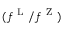
( f ^ { \mathrm { ~ L ~ } } / f ^ { \mathrm { ~ Z ~ } } )